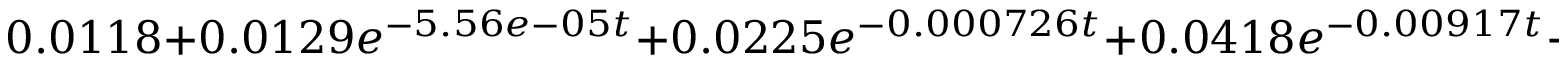
0 . 0 1 1 8 + 0 . 0 1 2 9 e ^ { - 5 . 5 6 e - 0 5 t } + 0 . 0 2 2 5 e ^ { - 0 . 0 0 0 7 2 6 t } + 0 . 0 4 1 8 e ^ { - 0 . 0 0 9 1 7 t } + 0 . 0 7 6 5 e ^ { - 0 . 1 1 8 t } + 0 . 1 3 6 e ^ { - 1 . 5 6 t } + 0 . 2 3 3 e ^ { - 2 1 . 6 t } + 0 . 4 6 5 e ^ { - 3 5 0 t }